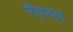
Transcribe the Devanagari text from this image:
नैस़नल